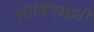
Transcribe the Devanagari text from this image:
लोडिंगसाठी